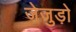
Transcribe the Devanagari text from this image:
जेजुड़ो